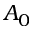
A _ { 0 }